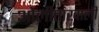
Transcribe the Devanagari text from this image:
ओेलीताखाली